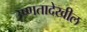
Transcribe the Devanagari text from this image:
उष्णतादेखील